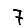
Digit: 7